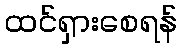
ထင်ရှားစေရန်